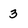
Character: 3